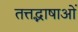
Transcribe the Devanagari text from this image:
तत्तद्भाषाओं